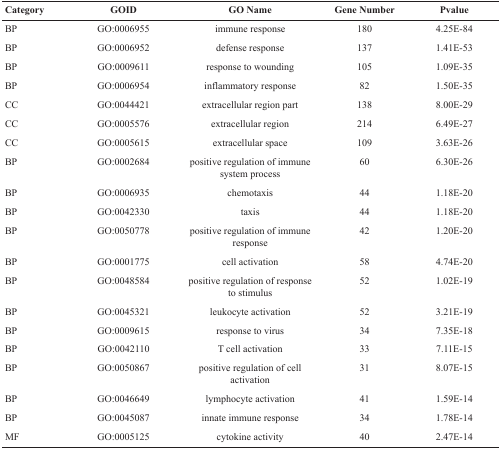
<table><thead><tr><td><b>Category</b></td><td><b>GOID</b></td><td><b>GO Name</b></td><td><b>Gene Number</b></td><td><b>Pvalue</b></td></tr></thead><tbody><tr><td>BP</td><td>GO:0006955</td><td>immune response</td><td>180</td><td>4.25E-84</td></tr><tr><td>BP</td><td>GO:0006952</td><td>defense response</td><td>137</td><td>1.41E-53</td></tr><tr><td>BP</td><td>GO:0009611</td><td>response to wounding</td><td>105</td><td>1.09E-35</td></tr><tr><td>BP</td><td>GO:0006954</td><td>inflammatory response</td><td>82</td><td>1.50E-35</td></tr><tr><td>CC</td><td>GO:0044421</td><td>extracellular region part</td><td>138</td><td>8.00E-29</td></tr><tr><td>CC</td><td>GO:0005576</td><td>extracellular region</td><td>214</td><td>6.49E-27</td></tr><tr><td>CC</td><td>GO:0005615</td><td>extracellular space</td><td>109</td><td>3.63E-26</td></tr><tr><td>BP</td><td>GO:0002684</td><td>positive regulation of immune system process</td><td>60</td><td>6.30E-26</td></tr><tr><td>BP</td><td>GO:0006935</td><td>chemotaxis</td><td>44</td><td>1.18E-20</td></tr><tr><td>BP</td><td>GO:0042330</td><td>taxis</td><td>44</td><td>1.18E-20</td></tr><tr><td>BP</td><td>GO:0050778</td><td>positive regulation of immune response</td><td>42</td><td>1.20E-20</td></tr><tr><td>BP</td><td>GO:0001775</td><td>cell activation</td><td>58</td><td>4.74E-20</td></tr><tr><td>BP</td><td>GO:0048584</td><td>positive regulation of response to stimulus</td><td>52</td><td>1.02E-19</td></tr><tr><td>BP</td><td>GO:0045321</td><td>leukocyte activation</td><td>52</td><td>3.21E-19</td></tr><tr><td>BP</td><td>GO:0009615</td><td>response to virus</td><td>34</td><td>7.35E-18</td></tr><tr><td>BP</td><td>GO:0042110</td><td>T cell activation</td><td>33</td><td>7.11E-15</td></tr><tr><td>BP</td><td>GO:0050867</td><td>positive regulation of cell activation</td><td>31</td><td>8.07E-15</td></tr><tr><td>BP</td><td>GO:0046649</td><td>lymphocyte activation</td><td>41</td><td>1.59E-14</td></tr><tr><td>BP</td><td>GO:0045087</td><td>innate immune response</td><td>34</td><td>1.78E-14</td></tr><tr><td>MF</td><td>GO:0005125</td><td>cytokine activity</td><td>40</td><td>2.47E-14</td></tr></tbody></table>